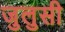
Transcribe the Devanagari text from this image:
जुलुसी